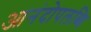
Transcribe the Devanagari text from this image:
आनंदोपलब्धि